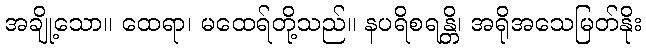
အချို့သော။ ထေရာ၊ မထေရ်တို့သည်။ နပရိစရန္တိ၊ အရိုအသေမြတ်နိုး